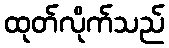
ထုတ်လိုက်သည်